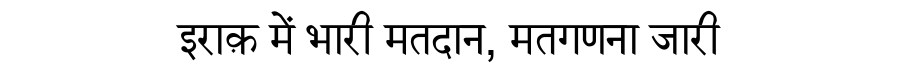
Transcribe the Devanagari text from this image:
इराक़ में भारी मतदान, मतगणना जारी